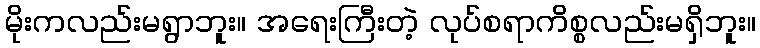
မိုးကလည်းမရွာဘူး။ အရေးကြီးတဲ့ လုပ်စရာကိစ္စလည်းမရှိဘူး။